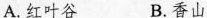
A.红叶谷 B.香山